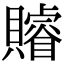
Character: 𧸩